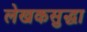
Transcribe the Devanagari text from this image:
लेखकसुद्धा